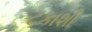
ટકાશી